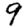
Digit: 9